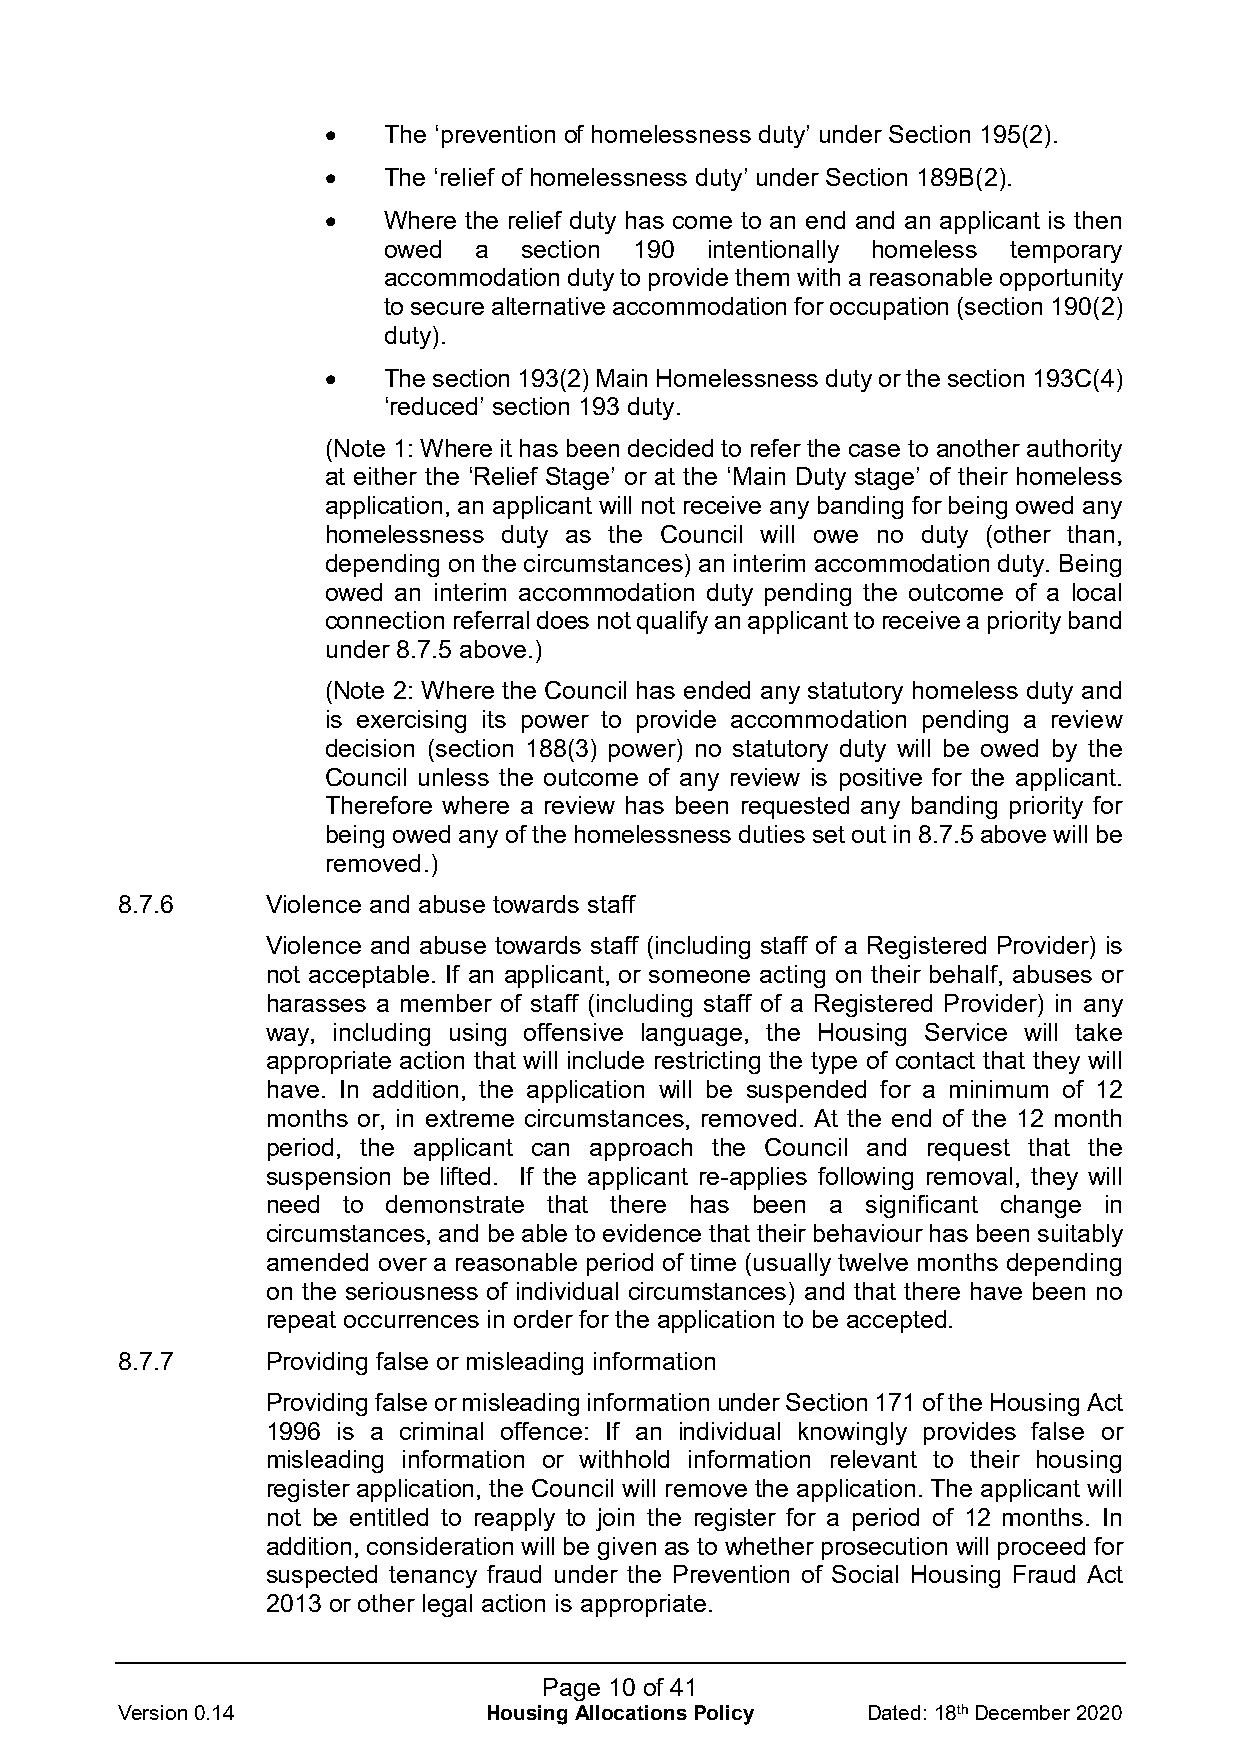
•  The ‘prevention of homelessness duty’ under Section 195(2).
 •  The ‘relief of homelessness duty’ under Section 189B(2).
 •  Where the relief duty has come to an end and an applicant is then
 owed  a   section 190 intentionally homeless temporary
 accommodation duty to provide them with a reasonable opportunity
 to secure alternative accommodation for occupation (section 190(2)
 duty).
 •  The section 193(2) Main Homelessness duty or the section 193C(4)
 ‘reduced’ section 193 duty.
 (Note 1: Where it has been decided to refer the case to another authority
 at either the ‘Relief Stage’ or at the ‘Main Duty stage’ of their homeless
 application, an applicant will not receive any banding for being owed any
 homelessness duty as the Council will owe no duty (other than,
 depending on the circumstances) an interim accommodation duty. Being
 owed an interim accommodation duty pending the outcome of a local
 connection referral does not qualify an applicant to receive a priority band
 under 8.7.5 above.)
 (Note 2: Where the Council has ended any statutory homeless duty and
 is exercising its power to provide accommodation pending a review
 decision (section 188(3) power) no statutory duty will be owed by the
 Council unless the outcome of any review is positive for the applicant.
 Therefore where a review has been requested any banding priority for
 being owed any of the homelessness duties set out in 8.7.5 above will be
 removed.)
 8.7.6     Violence and abuse towards staff
 Violence and abuse towards staff (including staff of a Registered Provider) is
 not acceptable. If an applicant, or someone acting on their behalf, abuses or
 harasses a member of staff (including staff of a Registered Provider) in any
 way, including using offensive language, the Housing Service will take
 appropriate action that will include restricting the type of contact that they will
 have. In addition, the application will be suspended for a minimum of 12
 months or, in extreme circumstances, removed. At the end of the 12 month
 period, the applicant can approach the Council and request that the
 suspension be lifted. If the applicant re-applies following removal, they will
 need to demonstrate that there has been a significant change in
 circumstances, and be able to evidence that their behaviour has been suitably
 amended over a reasonable period of time (usually twelve months depending
 on the seriousness of individual circumstances) and that there have been no
 repeat occurrences in order for the application to be accepted.
 8.7.7     Providing false or misleading information
 Providing false or misleading information under Section 171 of the Housing Act
 1996 is a criminal offence: If an individual knowingly provides false or
 misleading information or withhold information relevant to their housing
 register application, the Council will remove the application. The applicant will
 not be entitled to reapply to join the register for a period of 12 months. In
 addition, consideration will be given as to whether prosecution will proceed for
 suspected tenancy fraud under the Prevention of Social Housing Fraud Act
 2013 or other legal action is appropriate.
 Page 10 of 41
 Version 0.14            Housing Allocations Policy Dated: 18th December 2020